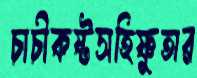
চাচীকষ্টসহিষ্ণুতার